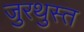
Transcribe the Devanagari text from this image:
जुरथुस्त